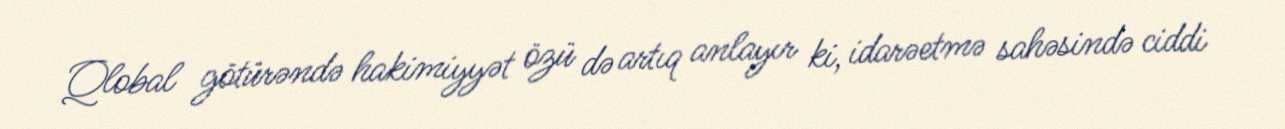
Qlobal götürəndə hakimiyyət özü də artıq anlayır ki, idarəetmə sahəsində ciddi